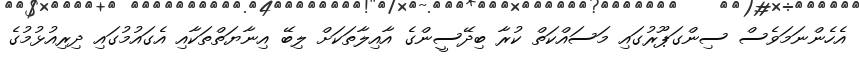
އެހެންނަމަވެސް ސިންގަޕޫރުގައި މަސައްކަތް ކުރާ ބިދޭސީންގެ އާއިލާތަކަށް ލިބޭ އިނާޔަތްތަކާއި އެގައުމުގައި ދިރިއުޅުމުގެ